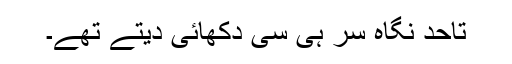
تاحد نگاہ سر ہی سی دکھائی دیتے تھے۔